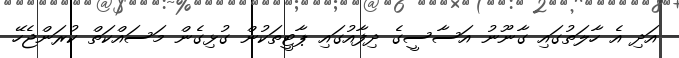
އަދި އެ ހާލަތުގައި ގާނޫނު އަސާސީގެ ދިފާއުގައި ޕާޓީތަކުން ގުޅިގެން މަސައްކަތް ކުރަންޖެހޭ